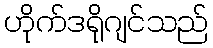
ဟိုက်ဒရိုဂျင်သည်